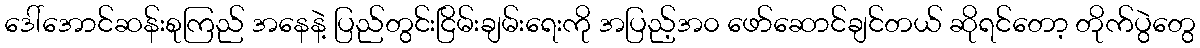
ဒေါ်အောင်ဆန်းစုကြည် အနေနဲ့ ပြည်တွင်းငြိမ်းချမ်းရေးကို အပြည့်အ၀ ဖော်ဆောင်ချင်တယ် ဆိုရင်တော့ တိုက်ပွဲတွေ